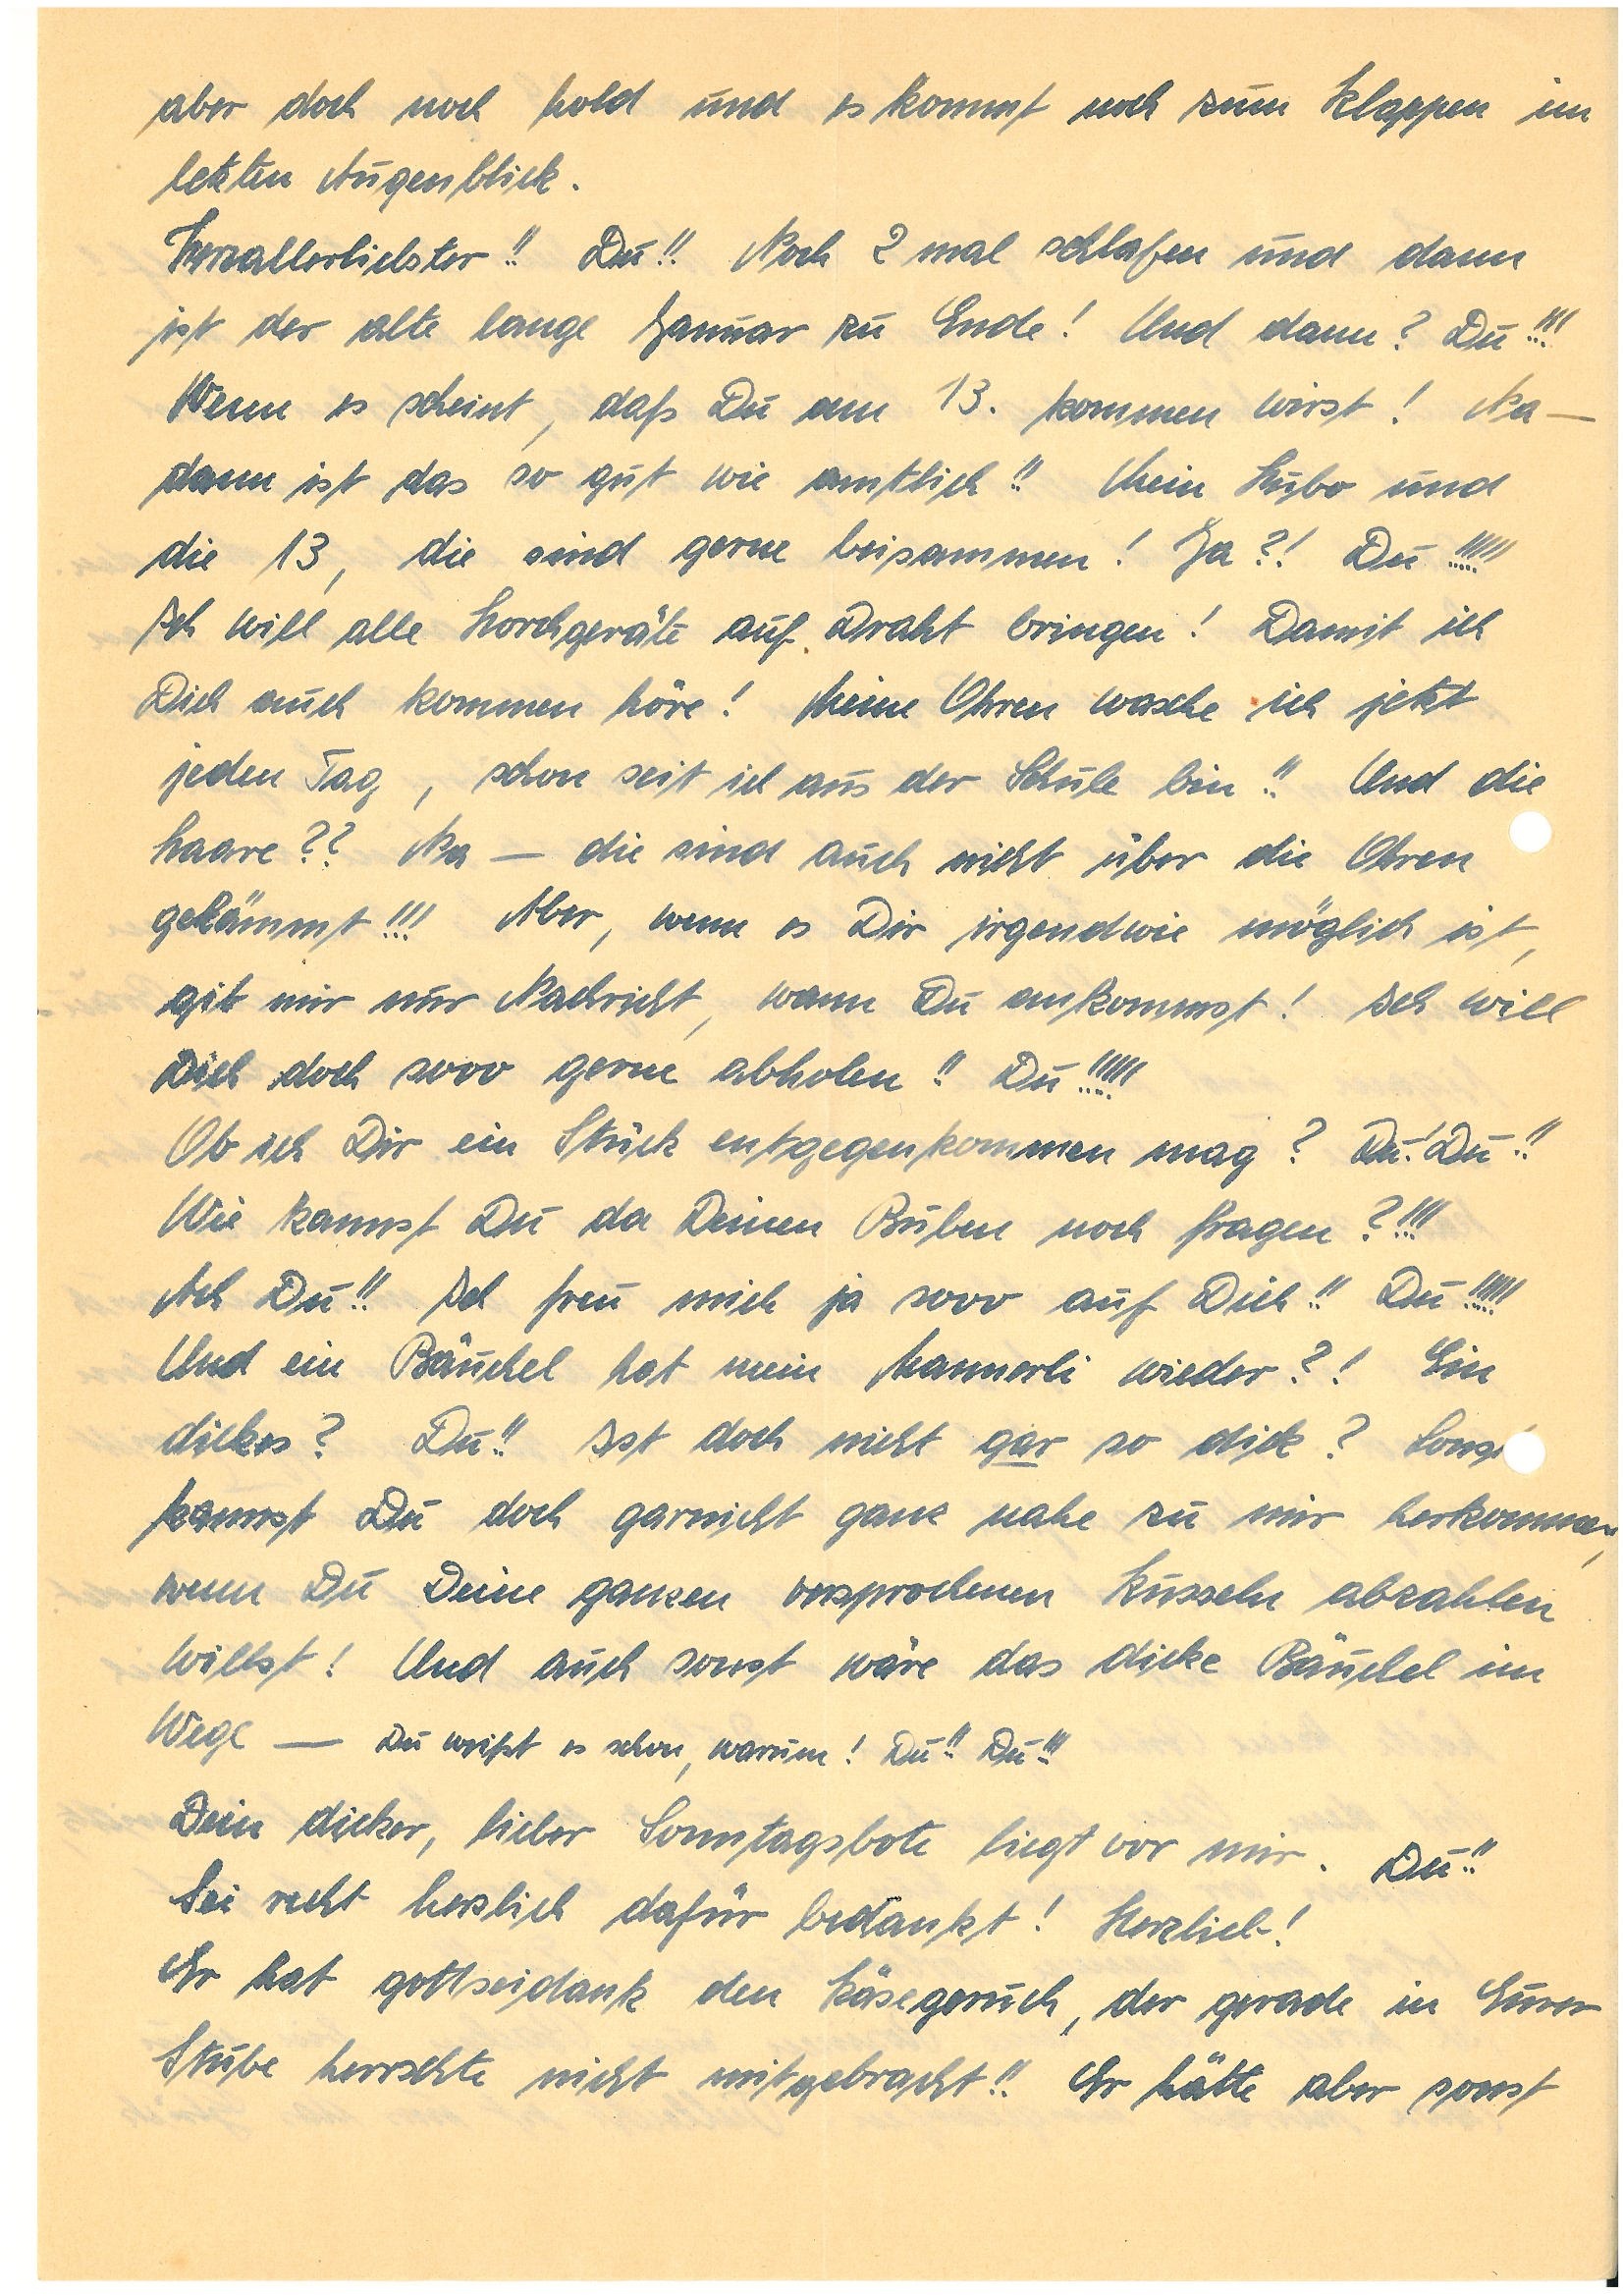
aber doch noch hold und es kommt noch zum Klappen im
letzten Augenblick.
Herzallerliebster!! Du!! Noch 2 mal schlafen und dann
ist der alte lange Januar zu Ende! Und dann? Du!!!
Wenn es scheint, daß Du am 13. kommen wirst! Na –
dann ist das so gut wie amtlich!! Mein Hubo und
die 13, die sind gerne beisammen! Ja?! Du!!!!!
Ich will alle Horchgeräte auf Draht bringen! Damit ich
Dich auch kommen höre! Meine Ohren wasche ich jetzt
jeden Tag, schon seit ich aus der Schule bin!! Und die
Haare?? Na – die sind auch nicht über die Ohren
gekämmt!!! Aber, wenn es Dir irgendwie möglich ist,
gib mir Nachricht, wann Du ankommst! Ich will
Dich doch sooo gerne abholen!! Du!!!!!
Ob ich Dir ein Stück entgegenkommen mag? Du – Du!!
Wie kannst Du da Deinen Buben noch fragen?!!!
Ach Du!! Ich freu mich ja sooo auf Dich!! Du!!!!!
Und ein Bäuchel hat mein Mannerli wieder?! Ein
dickes? Du!! Ist doch nicht gar so dick? Sonst
kannst Du doch garnicht ganz nahe zu mir herkommen,
wenn Du Deine ganzen versprochenen Küsseln abzahlen
willst! Und auch sonst wäre das dicke Bäuchel im
Wege – Du weißt es schon, warum! Du!! Du!!!
Dein dicker, lieber Sonntagsbote liegt vor mir. Du!!
Sei recht herzlich dafür bedankt! Herzlieb!
Er hat gottseidank den Käsegeruch, der gerade in Eurer
Stube herrschte nicht mitgebracht!! Er hätte aber sonst